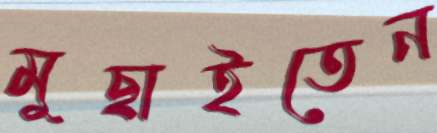
মুছাইতেন